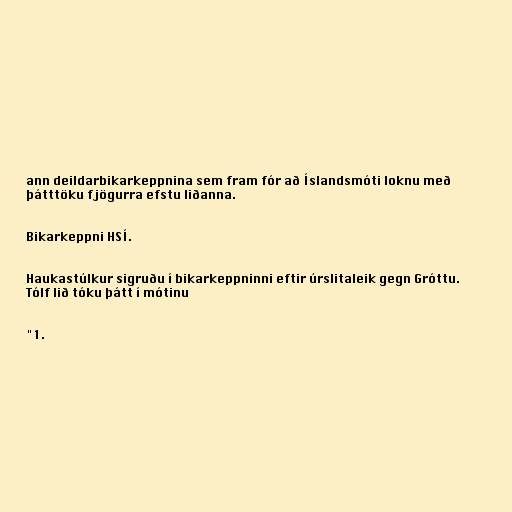
ann deildarbikarkeppnina sem fram fór að Íslandsmóti loknu með
þátttöku fjögurra efstu liðanna.

Bikarkeppni HSÍ.

Haukastúlkur sigruðu í bikarkeppninni eftir úrslitaleik gegn Gróttu.
Tólf lið tóku þátt í mótinu

"1.